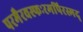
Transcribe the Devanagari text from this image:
परमैरवस्फःरमपिरस्मद्